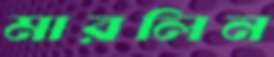
মারলিন